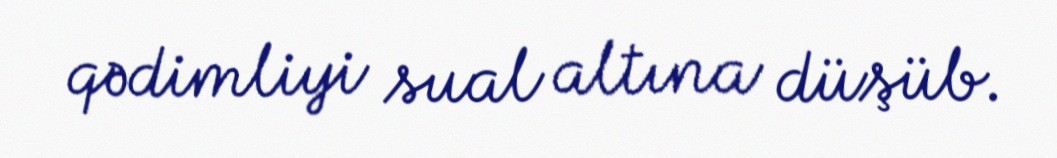
qədimliyi sual altına düşüb.